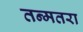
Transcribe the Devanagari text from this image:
तन्मतरा